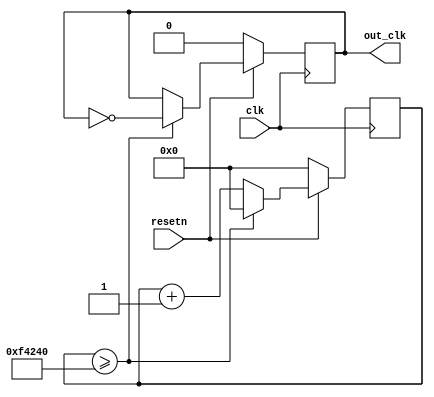
module clock_divider_50(
    input clk, 
	 input resetn, 
    output reg out_clk = 0  //change to wire
);

reg [20:0] counter = 21'd0;

always @(posedge clk) 
begin
	if (!resetn)  begin out_clk <= 0; counter <= 0; end
		else
	 begin
    counter <= counter + 21'd1;
	 /*if (counter >= 21'd833333) begin
        out_clk <= ~out_clk;
        counter <= 21'd0;*/
	 if (counter >= 21'd1000000) begin
        out_clk <= ~out_clk;
        counter <= 21'd0; 
	    
		  
    end
	 end
end

endmodule